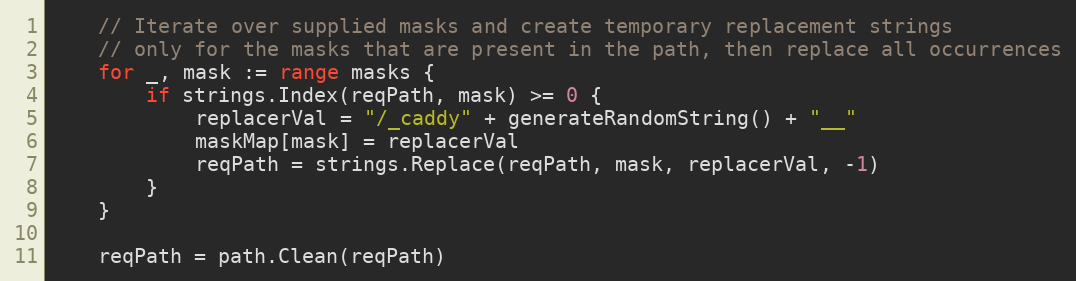
Language: Go
	// Iterate over supplied masks and create temporary replacement strings
	// only for the masks that are present in the path, then replace all occurrences
	for _, mask := range masks {
		if strings.Index(reqPath, mask) >= 0 {
			replacerVal = "/_caddy" + generateRandomString() + "__"
			maskMap[mask] = replacerVal
			reqPath = strings.Replace(reqPath, mask, replacerVal, -1)
		}
	}

	reqPath = path.Clean(reqPath)